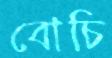
বোচি